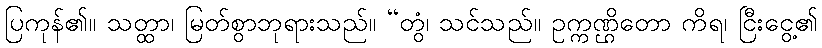
ပြကုန်၏။ သတ္ထာ၊ မြတ်စွာဘုရားသည်။ “တွံ၊ သင်သည်။ ဥက္ကဏ္ဌိတော ကိရ၊ ငြီးငွေ့၏